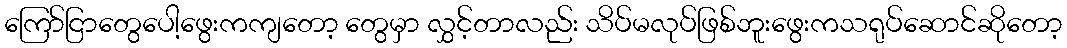
ကြော်ငြာတွေပေါ့ဖွေးကကျတော့ တွေမှာ လွှင့်တာလည်း သိပ်မလုပ်ဖြစ်ဘူးဖွေးကသရုပ်ဆောင်ဆိုတော့